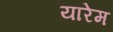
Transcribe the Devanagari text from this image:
यारेम